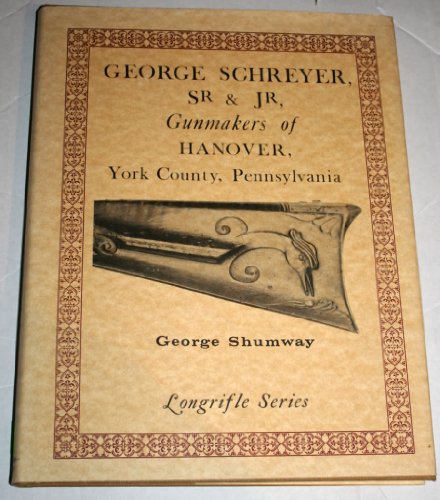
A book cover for Gunmakers of Hanover, York County, Pennsylvania (Longrifle series); George, Sr. Schreyer; Crafts, Hobbies & Home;